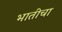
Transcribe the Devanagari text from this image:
भातीचा